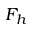
F _ { h }